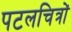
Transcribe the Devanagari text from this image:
पटलचित्रों